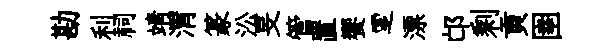
勘利祠靖渭篆㳂旻管置饗覂漂邙剩貢圉